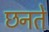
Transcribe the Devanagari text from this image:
छनते